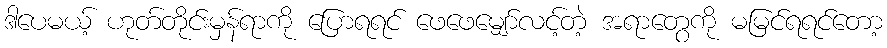
ဒါပေမယ့် ဟုတ်တိုင်းမှန်ရာကို ပြောရရင် ဖေဖေမျှော်လင့်တဲ့ အရာတွေကို မမြင်ရရင်တော့